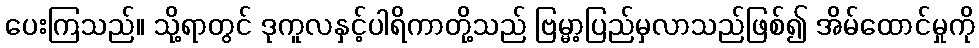
ပေးကြသည်။ သို့ရာတွင် ဒုကူလနှင့်ပါရိကာတို့သည် ဗြမ္မာ့ပြည်မှလာသည်ဖြစ်၍ အိမ်ထောင်မှုကို